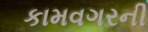
કામવગરની